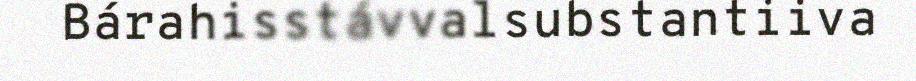
Bárahisstávvalsubstantiiva